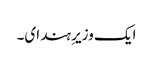
ایک وزیرِ ہند ای۔